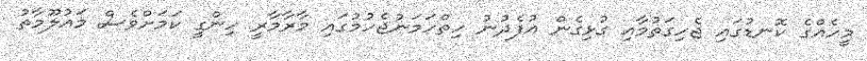
މީހެއްގެ ކޮނޑުގައި ޖެހިގަތުމާއި ގުޅިގެން އުފެދުނު ހިތްހަމަނުޖެހުމުގައި މާރާމާރީ ހިންގީ ކަމަށްވެސް މައުލޫމާތު